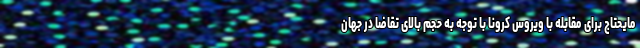
مایحتاج برای مقابله با ویروس کرونا با توجه به حجم بالای تقاضا در جهان